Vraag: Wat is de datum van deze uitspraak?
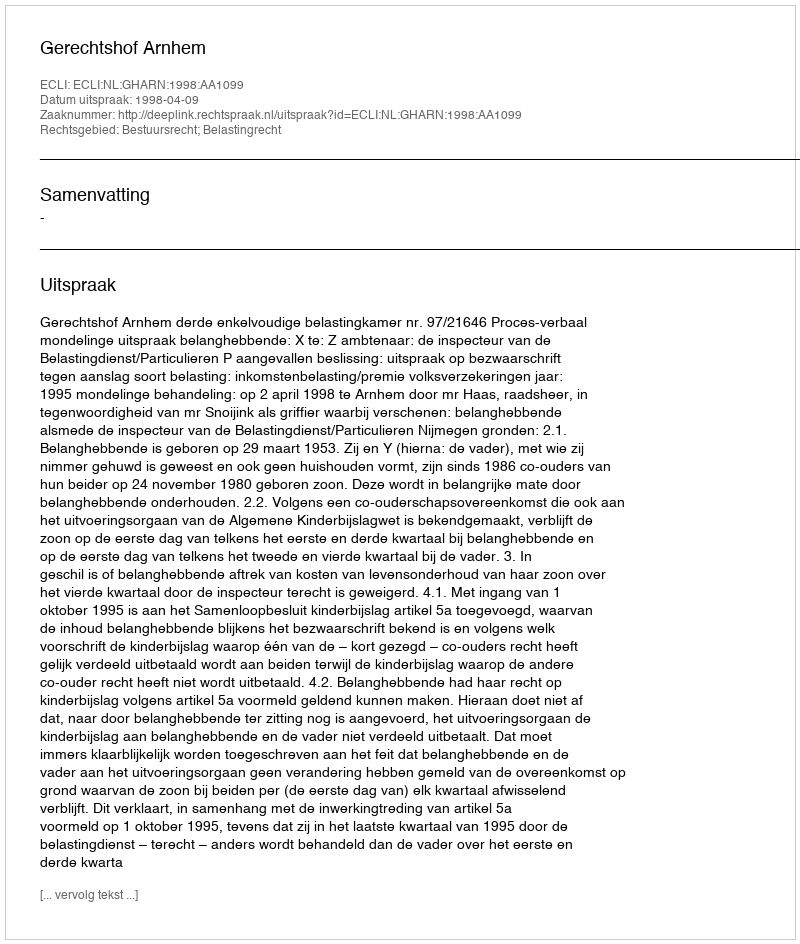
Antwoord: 1998-04-09